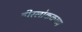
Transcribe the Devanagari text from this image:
वीरलोककाव्य